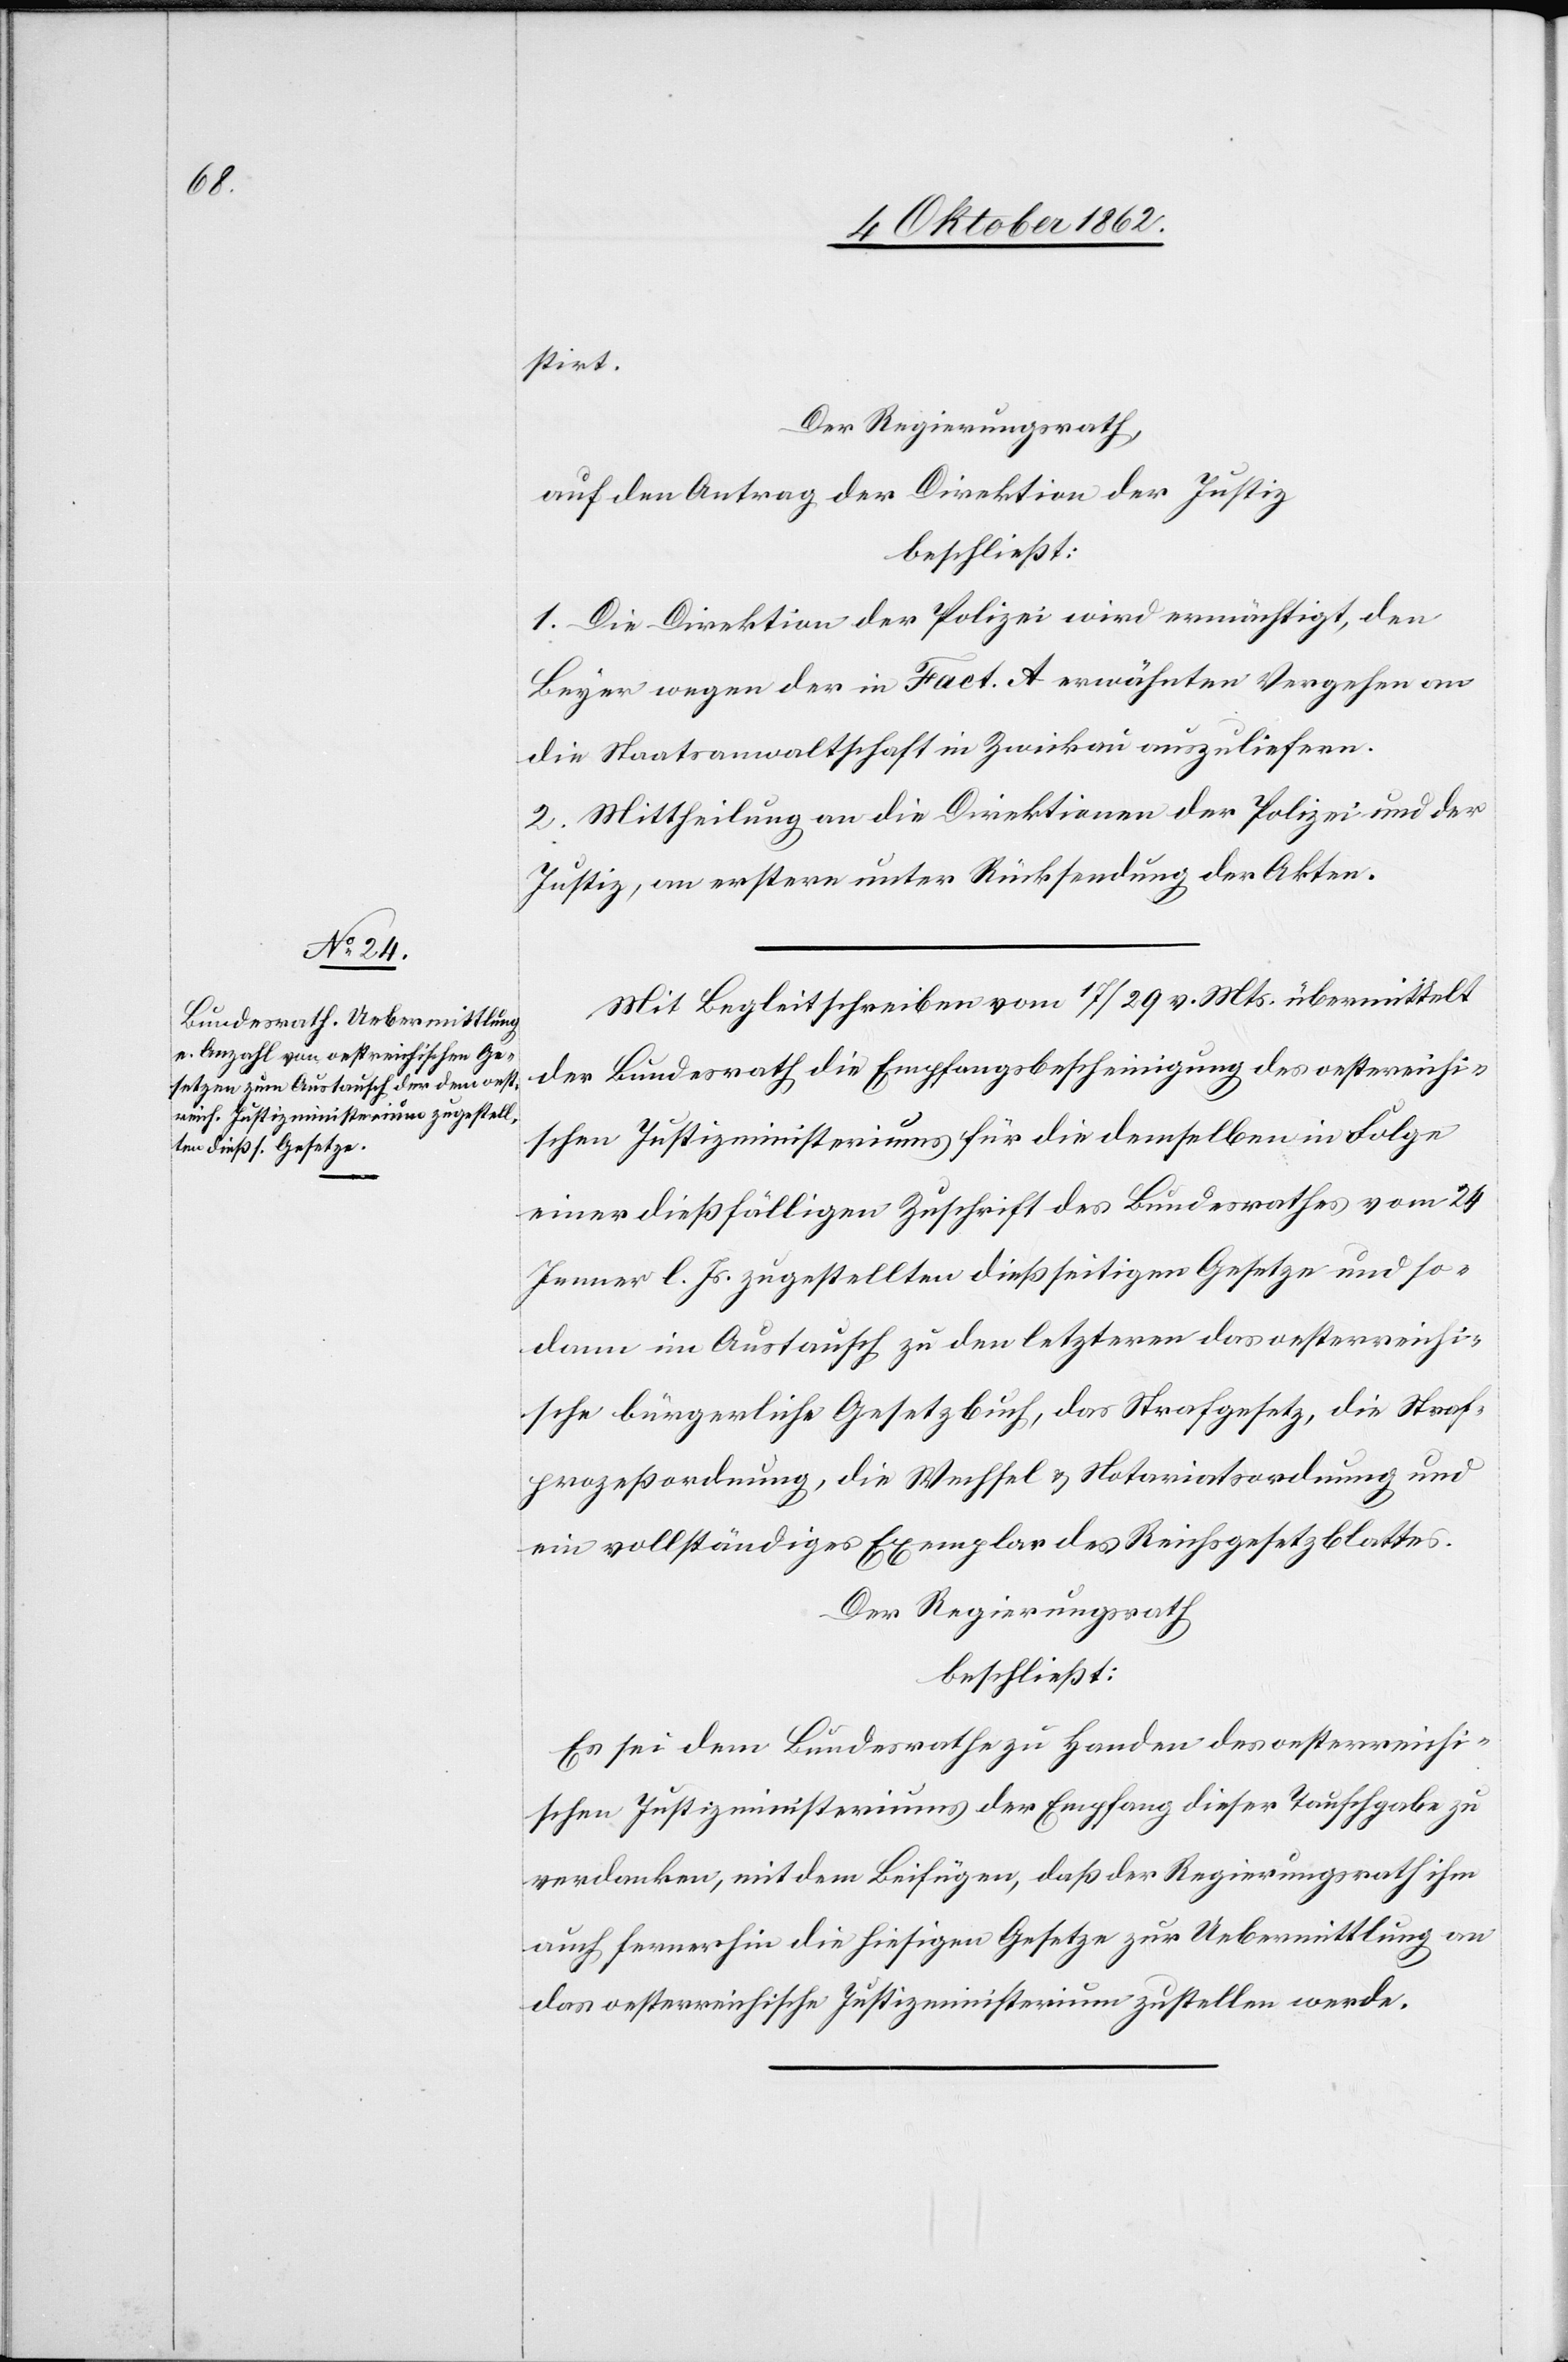
stirt.
Der Regierungsrath,
auf den Antrag der Direktion der Justiz,
beschließt:
1. Die Direktion der Polizei wird ermächtigt, den
Beyer wegen der in Fact. A erwähnten Vergehen an
die Staatsanwaltschaft in Zwickau auszuliefern.
2. Mittheilung an die Direktionen der Polizei und der
Justiz, an erstern unter Rücksendung der Akten.
Mit Begleitschreiben vom 17/19. v. Mts. übermittelt
der Bundesrath die Empfangsbescheinigung des oestreichi¬
schen Justizministeriums für die denselben in Folge
einer dießfälligen Zuschrift des Bundesrathes vom 24.
Jenner l. Js. zugestellten dießseitigen Gesetze um so¬
dann im Austausch zu den letzteren das oesterreichi¬
sche bürgerliche Gesetzbuch, das Strafgesetz, die Straf¬
prozeßordnung, die Wechsel u. Notariatsordnung und
ein vollständiges Exemplar des Reichsgesetzblattes.
Der Regierungsrath
beschließt:
Es sei dem Bundesrathe zu Handen des oesterreichi¬
schen Justizministeriums der Empfang dieser Tauschgabe zu
verdanken, mit dem Beifügen, daß der Regierungsrath ihm
auch fernerhin die hiesigen Gesetze zur Uebermittlung an
das oesterreichische Justizministerium zustellen werde.